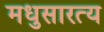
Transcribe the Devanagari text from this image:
मधुसारत्य